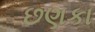
છણકા